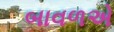
બાવળએ